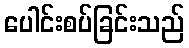
ပေါင်းစပ်ခြင်းသည်